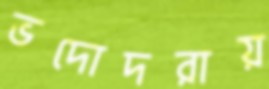
ভদোদরায়